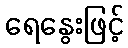
ရေနွေးဖြင့်